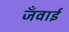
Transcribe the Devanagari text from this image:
जँवाई